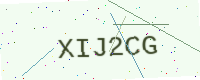
Text: XIJ2CG